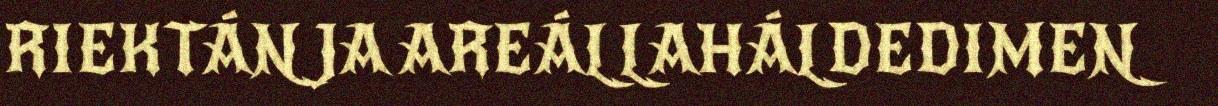
RIEKTÁN JA AREÁLLAHÁLDEDIMEN